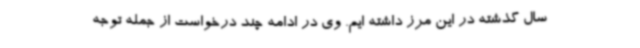
سال گذشته در این مرز داشته ایم. وی در ادامه چند درخواست از جمله توجه